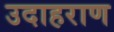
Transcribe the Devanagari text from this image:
उदाहराण